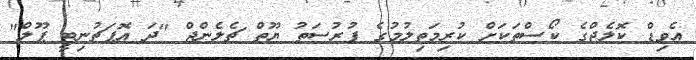
އެވިޑް ކޮލެޖްގެ ކޯސްތަކަށް ކުރިމަތިލުމުގެ ފުރުސަތު ޔޫތް ޗެލެންޖް "ދަ އޮޕަޗުނިޓީ ޕޫލް"